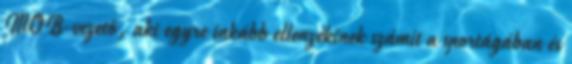
MOB-vezető, aki egyre inkább ellenzékinek számít a sportágában és